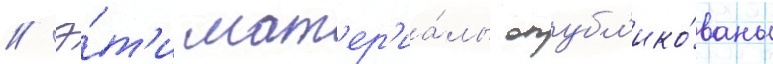
// Э́т'и мат'ер'иа́лы опубл'ико́ваны